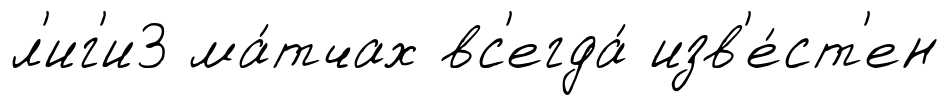
л'иг'и3 ма́тчах вс'егда́ изв'е́ст'ен